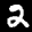
Label: 2